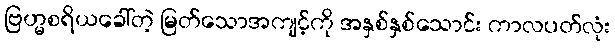
ဗြဟ္မစရိယခေါ်တဲ့ မြတ်သောအကျင့်ကို အနှစ်နှစ်သောင်း ကာလပတ်လုံး